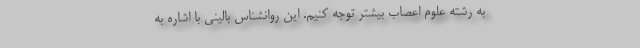
به رشته علوم اعصاب بیشتر توجه کنیم. این روانشناس بالینی با اشاره به